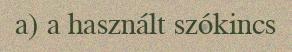
a) a használt szókincs